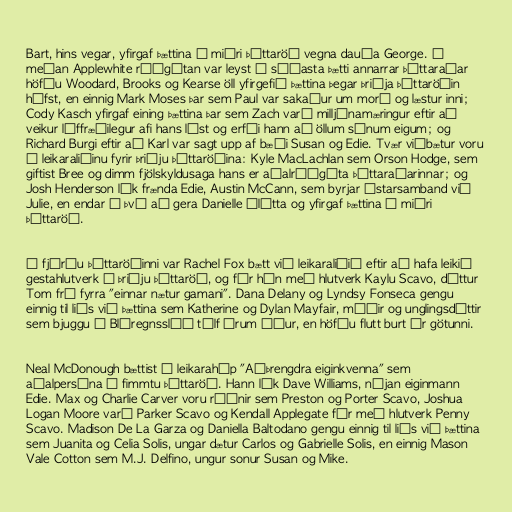
Bart, hins vegar, yfirgaf þættina í miðri þáttaröð vegna dauða George. Á
meðan Applewhite ráðgátan var leyst í síðasta þætti annarrar þáttaraðar
höfðu Woodard, Brooks og Kearse öll yfirgefið þættina þegar þriðja þáttaröðin
hófst, en einnig Mark Moses þar sem Paul var sakaður um morð og læstur inni;
Cody Kasch yfirgaf eining þættina þar sem Zach varð milljónamæringur eftir að
veikur líffræðilegur afi hans lést og erfði hann að öllum sínum eigum; og
Richard Burgi eftir að Karl var sagt upp af bæði Susan og Edie. Tvær viðbætur voru
í leikaraliðinu fyrir þriðju þáttaröðina: Kyle MacLachlan sem Orson Hodge, sem
giftist Bree og dimm fjölskyldusaga hans er aðalráðgáta þáttaraðarinnar; og
Josh Henderson lék frænda Edie, Austin McCann, sem byrjar ástarsamband við
Julie, en endar á því að gera Danielle ólétta og yfirgaf þættina í miðri
þáttaröð.

Í fjórðu þáttaröðinni var Rachel Fox bætt við leikaraliðið eftir að hafa leikið
gestahlutverk í þriðju þáttaröð, og fór hún með hlutverk Kaylu Scavo, dóttur
Tom frá fyrra "einnar nætur gamani". Dana Delany og Lyndsy Fonseca gengu
einnig til liðs við þættina sem Katherine og Dylan Mayfair, móðir og unglingsdóttir
sem bjuggu á Bláregnsslóð tólf árum áður, en höfðu flutt burt úr götunni.

Neal McDonough bættist í leikarahóp "Aðþrengdra eiginkvenna" sem
aðalpersóna í fimmtu þáttaröð. Hann lék Dave Williams, nýjan eiginmann
Edie. Max og Charlie Carver voru ráðnir sem Preston og Porter Scavo, Joshua
Logan Moore varð Parker Scavo og Kendall Applegate fór með hlutverk Penny
Scavo. Madison De La Garza og Daniella Baltodano gengu einnig til liðs við þættina
sem Juanita og Celia Solis, ungar dætur Carlos og Gabrielle Solis, en einnig Mason
Vale Cotton sem M.J. Delfino, ungur sonur Susan og Mike.